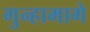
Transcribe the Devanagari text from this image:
गुन्हामागे